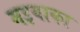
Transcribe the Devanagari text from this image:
मइयाका